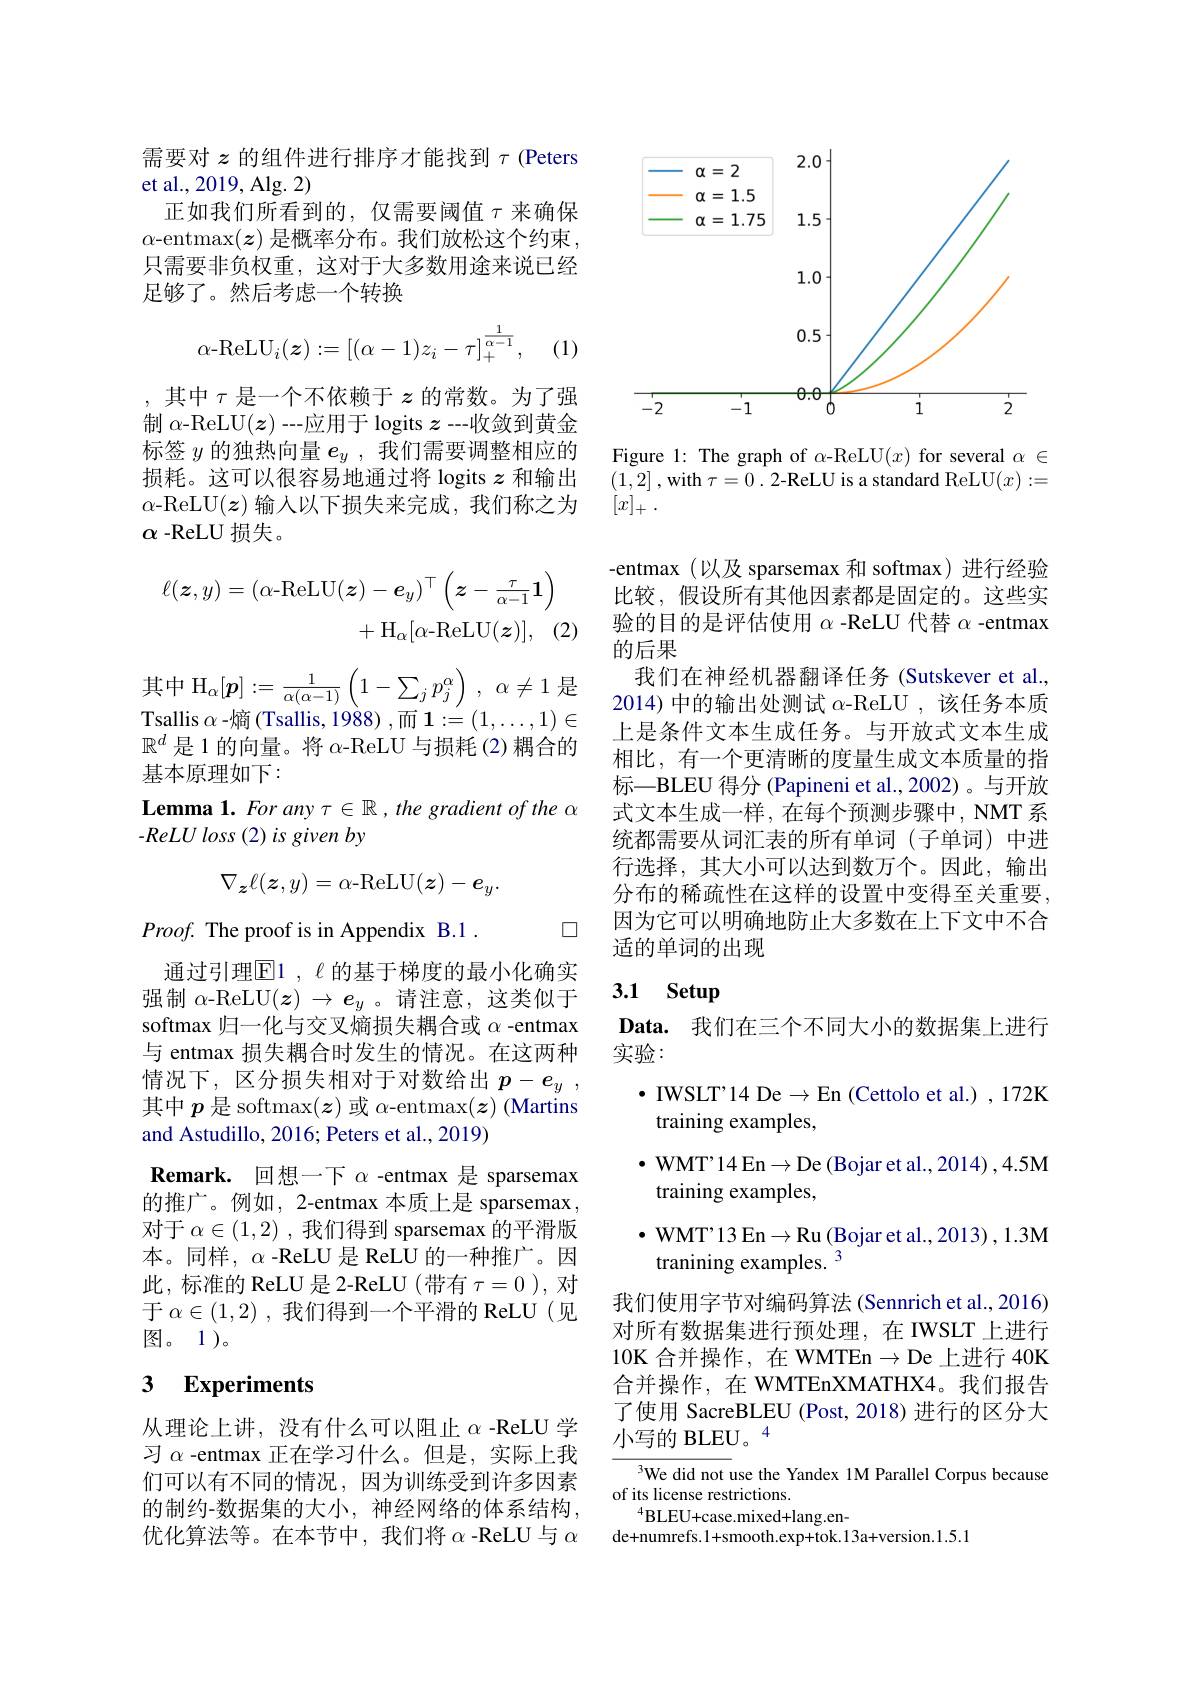
需要对$z$的组件进行排序才能找到$\tau$(Peters
et al., 2019, Alg. 2)
正如我们所看到的，仅需要阈值$\tau$来确保$\alpha$-entmax$(z)$ 是概率分布。我们放松这个约束， 只需要非负权重，这对于大多数用途来说已经足够了。然后考虑一个转换
$$\alpha\text{-ReLU}_i(\boldsymbol{z}):=[(\alpha-1)z_i-\tau]_+^{\frac{1}{\alpha-1}},$$
(1)

其中$\tau$是一个不依赖于$z$ 的常数。为了强制$\alpha$-ReLU$(\boldsymbol{z})$ --应用于 logits $\boldsymbol{z}$ --收敛到黄金标签$y$的独热向量$e_y$ ,我们需要调整相应的损耗。这可以很容易地通过将 logits $z$和输出$\alpha$-ReLU$(\boldsymbol{z})$输入以下损失来完成，我们称之为$\alpha$ -ReLU 损失。
$$\begin{aligned}\ell(\boldsymbol{z},y)=(\alpha\mathrm{-ReLU}(\boldsymbol{z})-\boldsymbol{e}_{y})^{\top}\left(\boldsymbol{z}-\frac{\tau}{\alpha-1}\boldsymbol{1}\right)\\+\mathrm{H}_{\alpha}[\alpha\mathrm{-ReLU}(\boldsymbol{z})],\quad(2\end{aligned}$$
${\text{其中 H}_{\alpha}[p]:=\frac{1}{\alpha(\alpha-1)}\left(1-\sum_{j}p_{j}^{\alpha}\right),~\alpha\neq1~}$是$\mathop{\mathrm{Tsallis~}\alpha\text{-熵(Tsallis,1988),而1：=(1,\ldots,1)}}$

$\mathbb{R}^d$是 1 的向量。将 α-ReLU 与损耗(2)耦合的
基本原理如下：
Lemma 1. For any $\tau\in\mathbb{R}$ , the gradient of the $\alpha$
$-ReLUloss~(2)~is~given~by$
$$\nabla_{\boldsymbol{z}}\ell(\boldsymbol{z},y)=\alpha\mathrm{-ReLU}(\boldsymbol{z})-\boldsymbol{e}_{y}.$$
$\square$

$Proof.$ The proof is in Appendix B.1.
通过引理$\mathbb{E}$1 , $\ell$ 的基于梯度的最小化确实强制$\alpha$-ReLU$(\boldsymbol z)\to\boldsymbol e_y$ 。请注意，这类似于softmax 归一化与交叉熵损失耦合或$\alpha$ -entmax 与 entmax 损失耦合时发生的情况。在这两种情况下，区分损失相对于对数给出$p- e_y$ , 其中$p$是 softmax$(\boldsymbol{z})$或$\alpha$-entmax$(\boldsymbol{z})$ (Martins and Astudillo, 2016; Peters et al., 2019)
Remark. 回想一下$\alpha$ -entmax 是 sparsemax 的推广。例如，2-entmax 本质上是 sparsemax , 对于$\alpha\in(1,2)$ ,我们得到 sparsemax 的平滑版本。同样，$\alpha$ -ReLU 是 ReLU 的一种推广。因此，标准的 ReLU 是 2-ReLU (带有$\tau=0$ ), 对于$\alpha\in(1,2)$ ,我们得到一个平滑的 ReLU(见图。1)。

## 3 Experiments

从理论上讲，没有什么可以阻止$\alpha$ -ReLU 学习$\alpha$ -entmax 正在学习什么。但是，实际上我们可以有不同的情况，因为训练受到许多因素的制约-数据集的大小，神经网络的体系结构， 优化算法等。在本节中，我们将$\alpha$ -ReLU 与$\alpha$

<FigureHere>

Figure 1: The graph of $\alpha$-ReLU$(x)$ for several $\alpha\in$ (1,2] , with $\tau=0.$ 2-ReLU is a standard ReLU$(x):=$ $[x]_+.$

-entmax (以及 sparsemax 和 softmax) 进行经验比较，假设所有其他因素都是固定的。这些实验的目的是评估使用$\alpha$ -ReLU 代替$\alpha$ -entmax 的后果
我们在神经机器翻译任务 (Sutskever et al., 2014)中的输出处测试$\alpha$-ReLU ,该任务本质上是条件文本生成任务。与开放式文本生成相比，有一个更清晰的度量生成文本质量的指标—BLEU 得分 (Papineni et al.,2002)。与开放式文本生成一样，在每个预测步骤中，NMT 系统都需要从词汇表的所有单词(子单词)中进行选择，其大小可以达到数万个。因此，输出分布的稀疏性在这样的设置中变得至关重要因为它可以明确地防止大多数在上下文中不合适的单词的出现

# 3.1 Setup

Data. 我们在三个不同大小的数据集上进行
实验：
$\bullet$ IWSLT'14 De$\to$En (Cettolo et al.),172K
training examples,
$\bullet$ WMT'14 En$\to$De (Bojar et al.,2014),4.5M
training examples,
$\bullet$ WMT'13 En$\rightarrow$Ru (Bojar et al., 2013),1.3M
tranining examples. $^{3}$
我们使用字节对编码算法 (Sennrich et al., 2016) 对所有数据集进行预处理，在 IWSLT 上进行10K 合并操作，在 WMTEn$\to$De 上进行 40K 合并操作，在 WMTEnXMATHX4。我们报告了使用 SacreBLEU (Post, 2018)进行的区分大小写的 BLEU。4

We did not use the Yandex 1M Parallel Corpus because
of its license restrictions.
$^{4}$BLEU+case.mixed+lang.en-
de+numrefs.1+smooth.exp+tok.13a+version.1.5.1